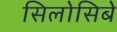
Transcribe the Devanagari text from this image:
सिलोसिबे